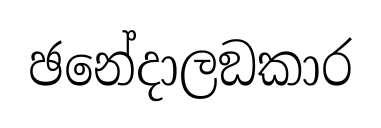
ඡනේදාලඞකාර